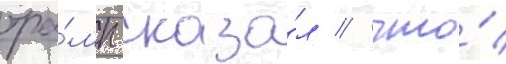
тра́мп сказа́л / что́